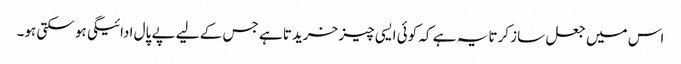
اس میں جعل ساز کرتا یہ ہے کہ کوئی ایسی چیز خریدتا ہے جس کے لیے پے پال ادائیگی ہو سکتی ہو۔